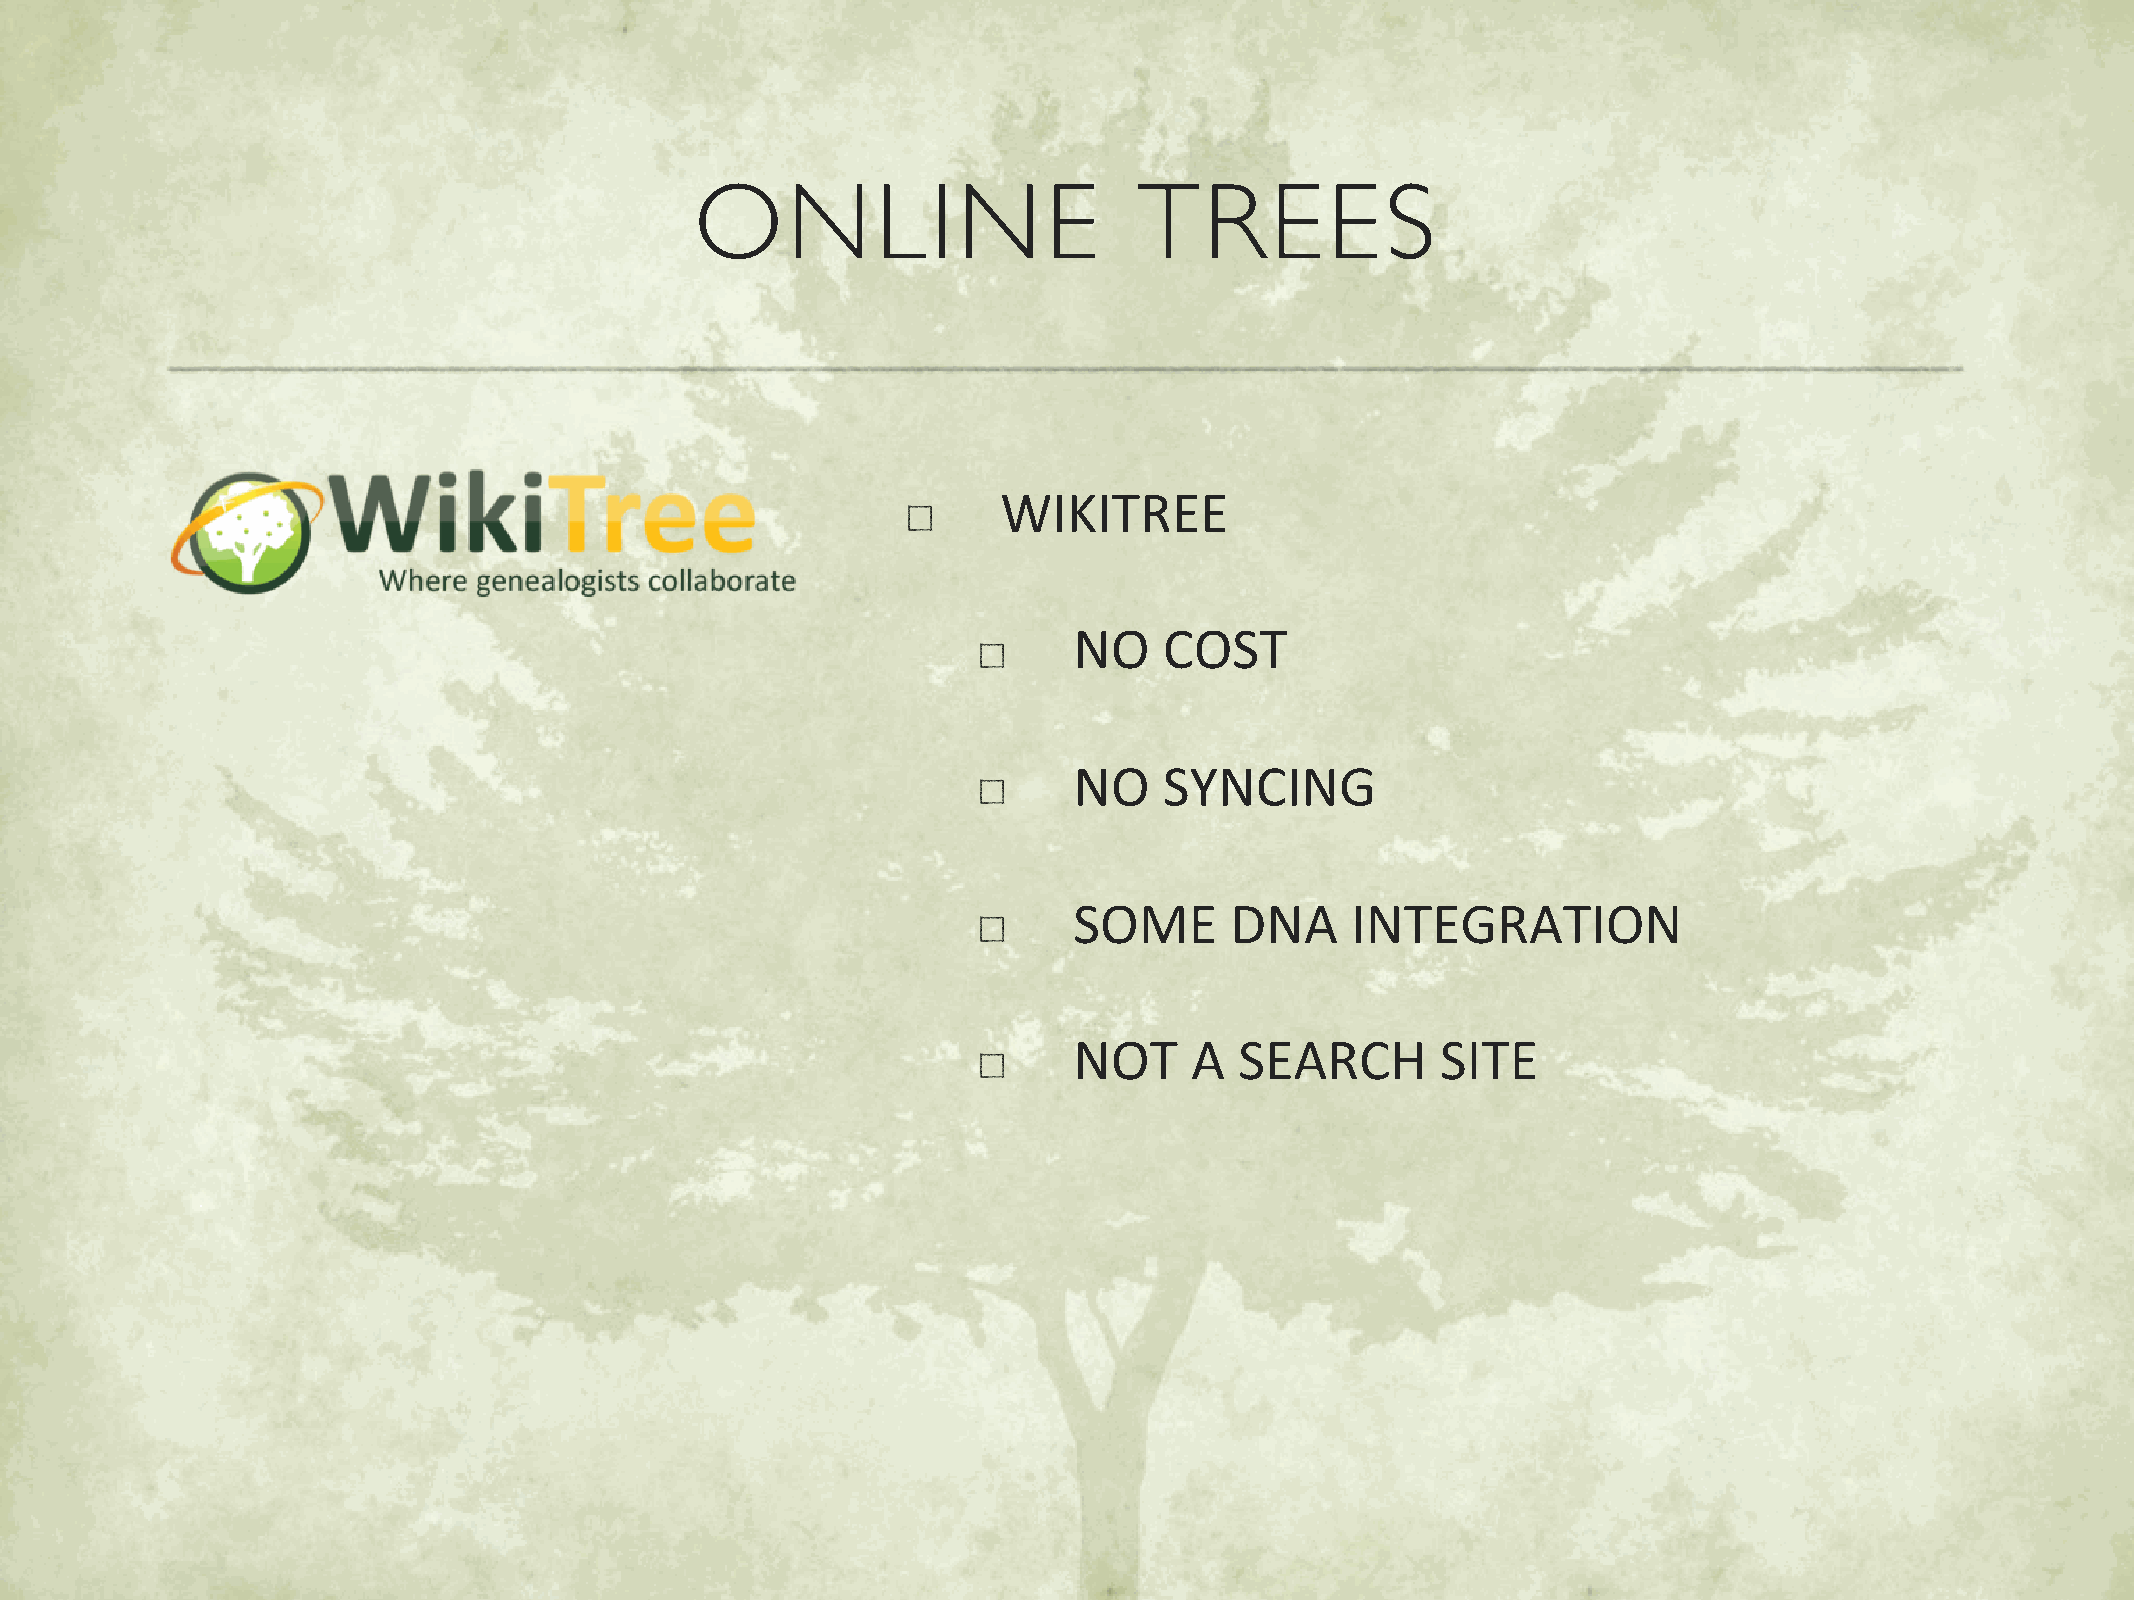
ONLINE                       TREES
 WIKITREE
 NO    COST
 NO    SYNCING
 SOME      DNA     INTEGRATION
 NOT     A  SEARCH       SITE